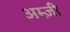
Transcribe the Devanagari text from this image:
अम्ज़ी